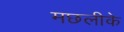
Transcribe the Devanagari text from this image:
मछलीके